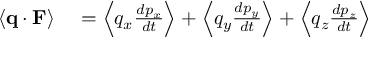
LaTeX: \begin{array} { r l } { \langle \mathbf { q } \cdot \mathbf { F } \rangle } & { { } = { \Bigl \langle } q _ { x } { \frac { d p _ { x } } { d t } } { \Bigr \rangle } + { \Bigl \langle } q _ { y } { \frac { d p _ { y } } { d t } } { \Bigr \rangle } + { \Bigl \langle } q _ { z } { \frac { d p _ { z } } { d t } } { \Bigr \rangle } } \end{array}